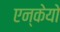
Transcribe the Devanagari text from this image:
एन्केयो